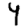
Digit: 4